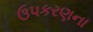
ઉપકરણના